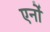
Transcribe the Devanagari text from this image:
एर्नो